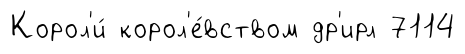
Корол'и́ корол'е́вством др'ирл 7114